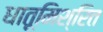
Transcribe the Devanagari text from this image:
धातूमिश्रित